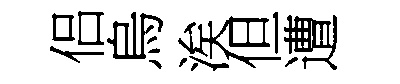
侣烏涘但遭